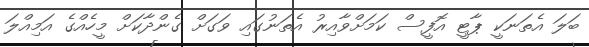
ބަލަ އެތަނަކީ ޕާޓީ އޮފީސް ކަމަށްވާއިރު އެތަނުގައި ވަގަށް ގެންދާކަށް މީހެއްގެ އަމިއްލަ